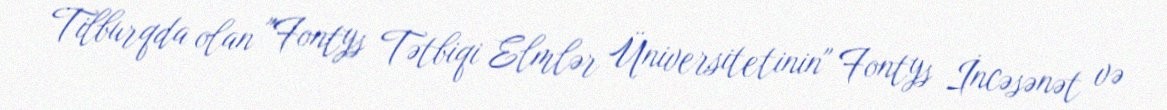
Tilburqda olan "Fontys Tətbiqi Elmlər Üniversitetinin" Fontys İncəsənət və